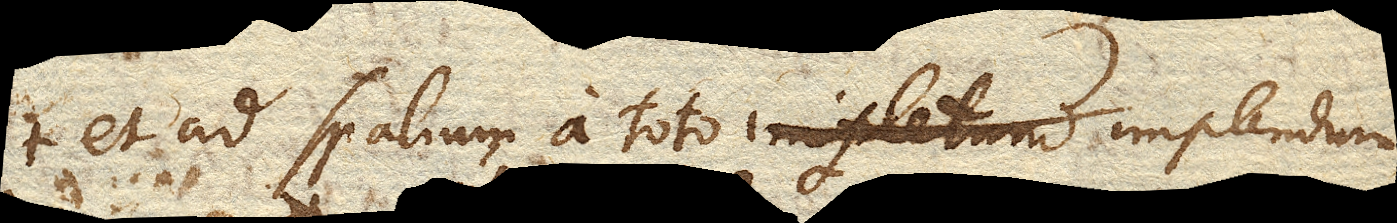
et ad spatium a toto implendum